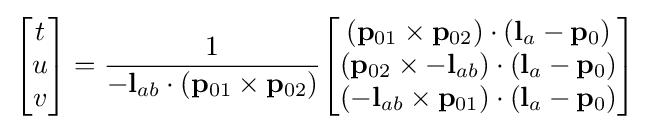
{\begin{bmatrix}t\\u\\v\end{bmatrix}}={\frac {1}{-\mathbf {l} _{ab}\cdot (\mathbf {p} _{01}\times \mathbf {p} _{02})}}{\begin{bmatrix}{(\mathbf {p} _{01}\times \mathbf {p} _{02})}\cdot (\mathbf {l} _{a}-\mathbf {p} _{0})\\{(\mathbf {p} _{02}\times -\mathbf {l} _{ab})}\cdot (\mathbf {l} _{a}-\mathbf {p} _{0})\\{(-\mathbf {l} _{ab}\times \mathbf {p} _{01})}\cdot (\mathbf {l} _{a}-\mathbf {p} _{0})\end{bmatrix}}